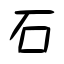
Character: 石